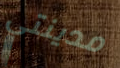
مدينتي